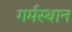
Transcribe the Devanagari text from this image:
गर्मस्थान